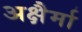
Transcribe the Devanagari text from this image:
अक्षैर्मा